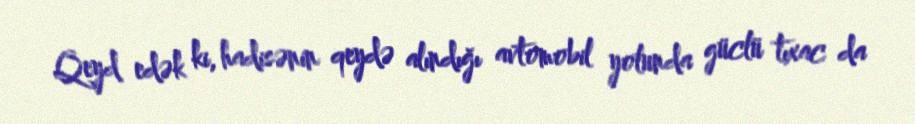
Qeyd edək ki, hadisənin qeydə alındığı avtomobil yolunda güclü tıxac da